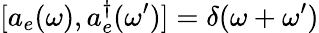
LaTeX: [a_{e}(\omega),a_{e}^{\dagger}(\omega^{\prime})]=\delta(\omega+\omega^{\prime})